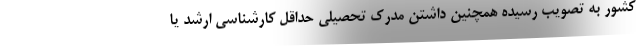
کشور به تصویب رسیده همچنین داشتن مدرک تحصیلی حداقل کارشناسی ارشد یا